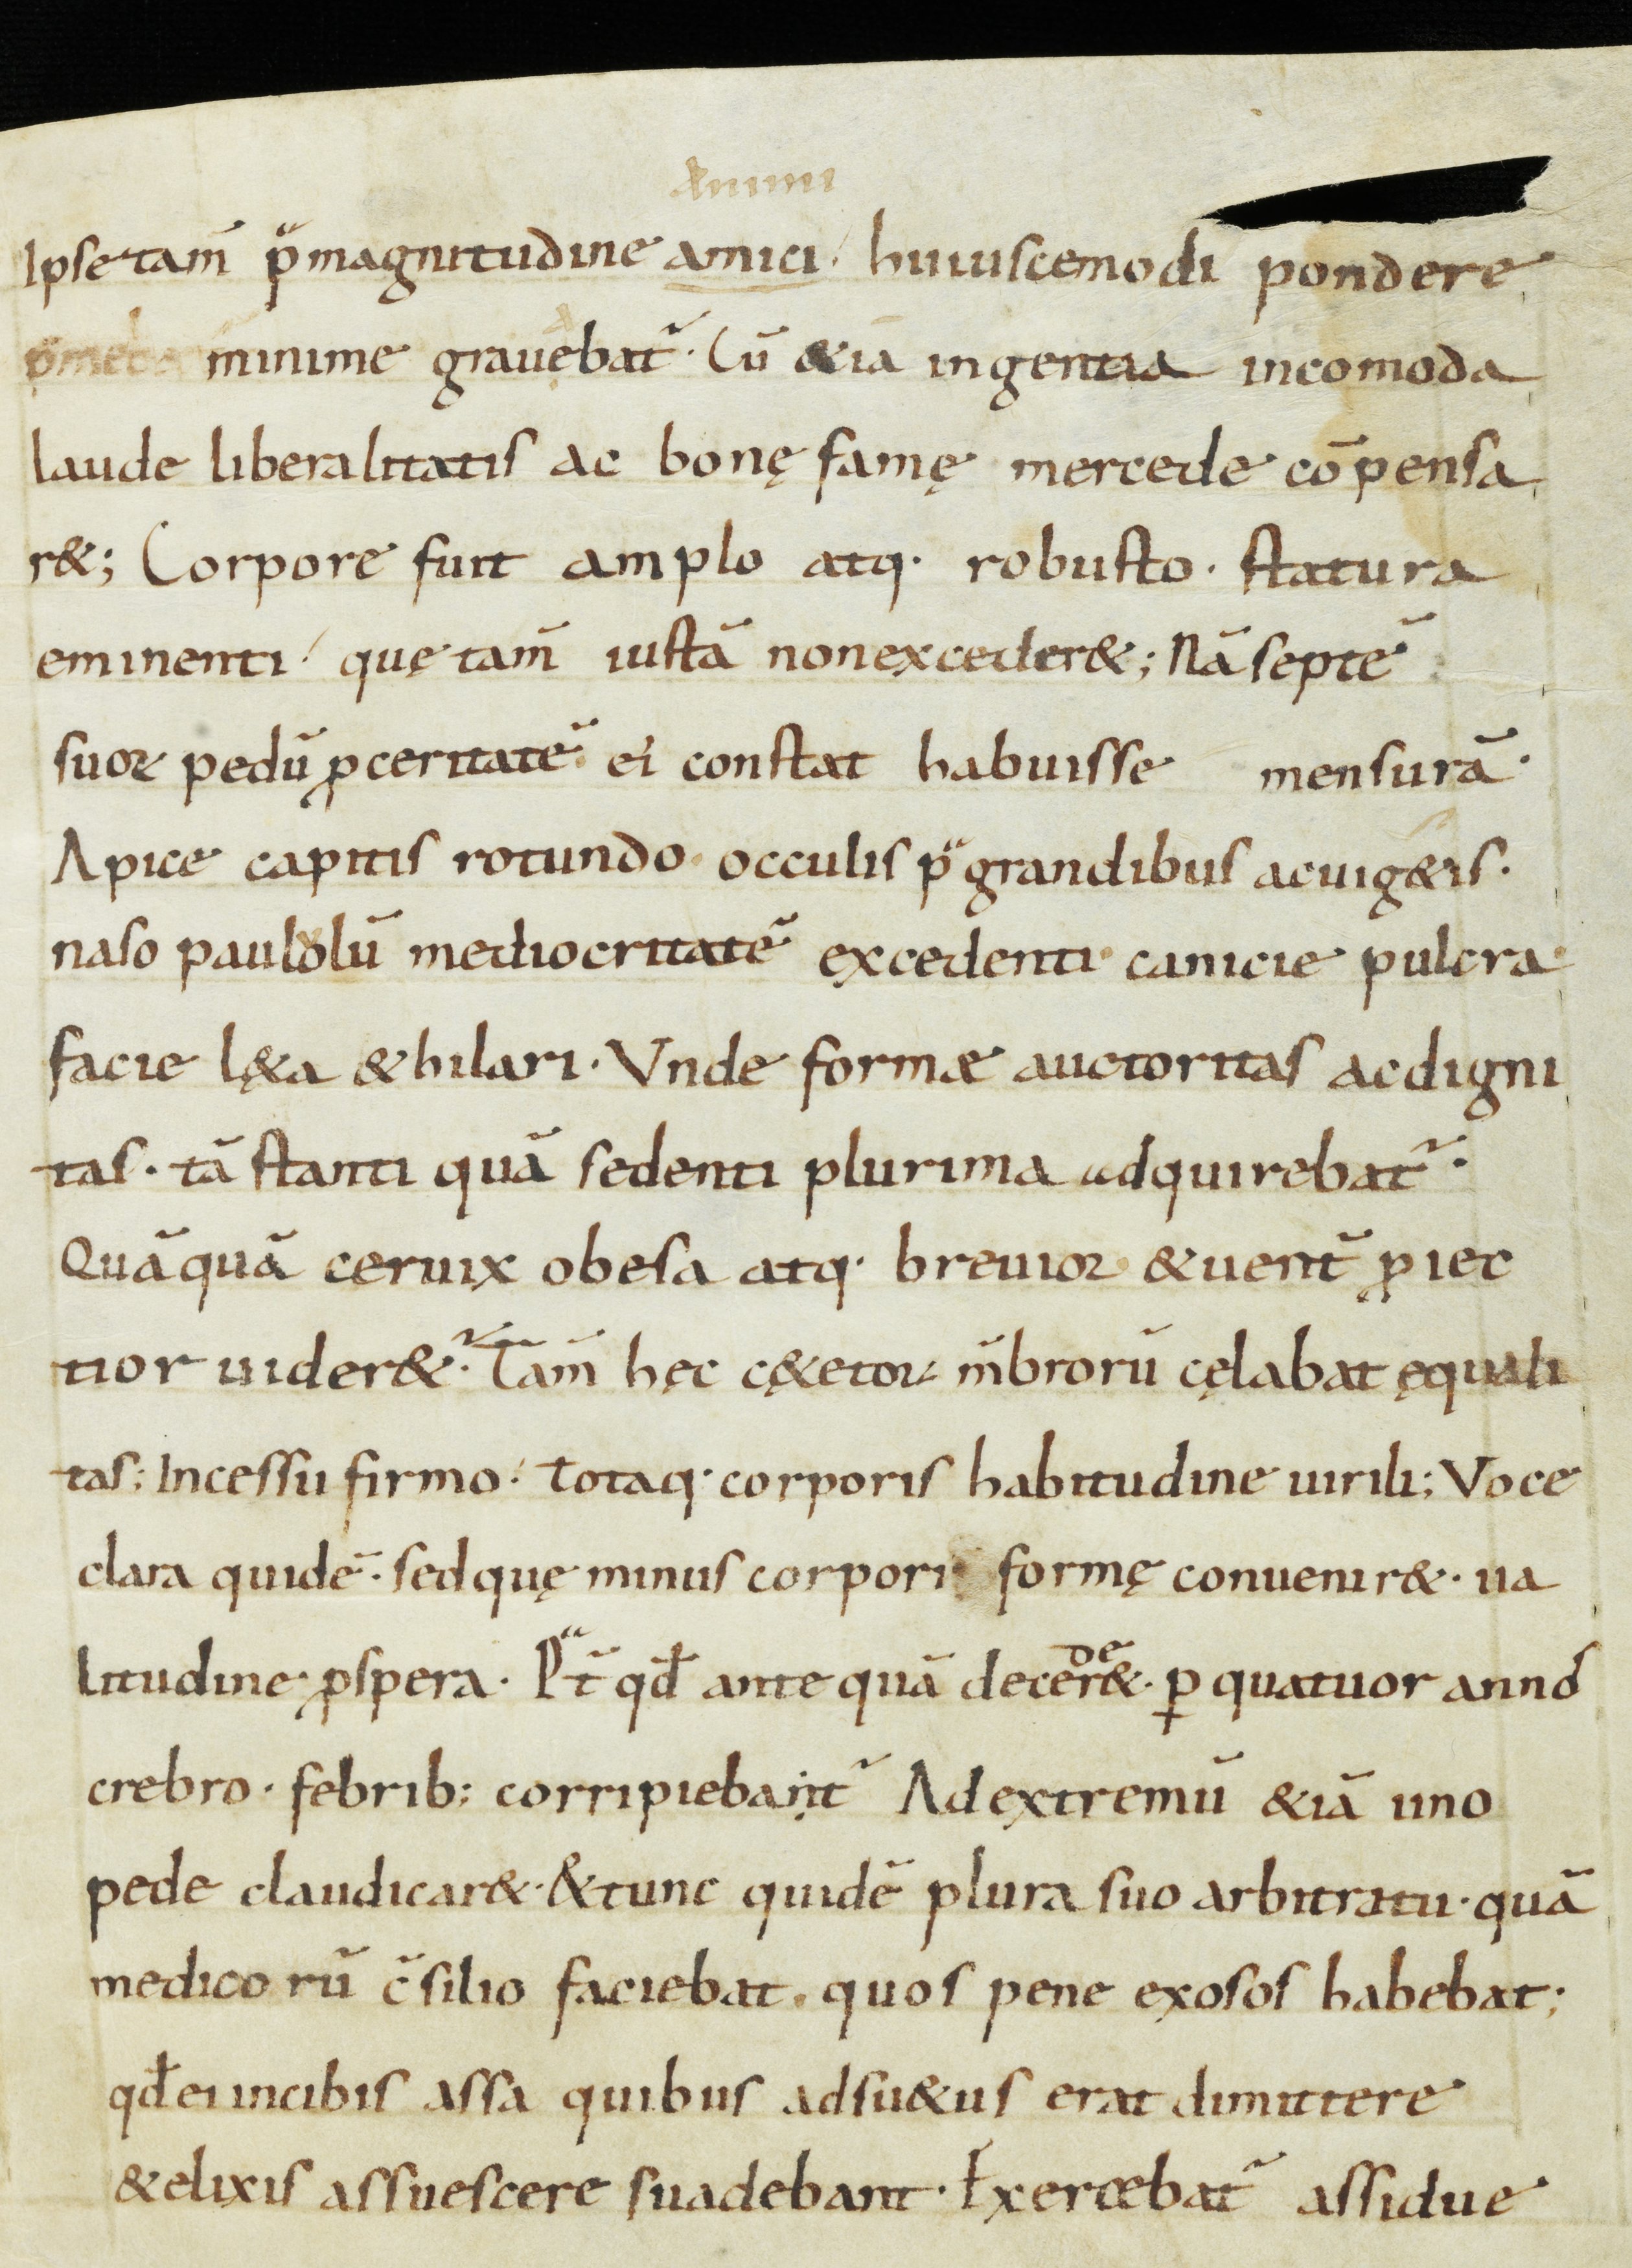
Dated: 900–932